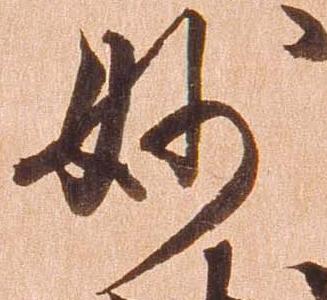
妙